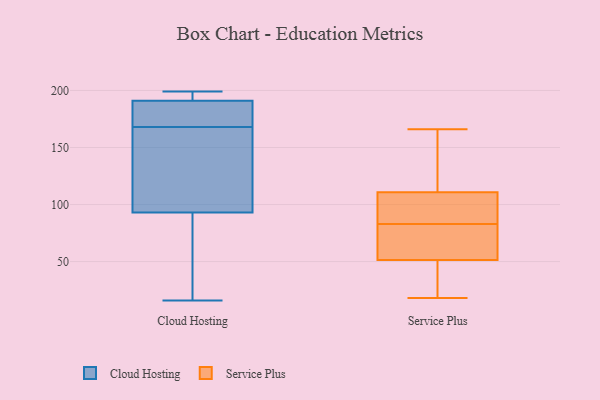
{"axis": {"x": "Backlog", "y": "Value"}, "legend": ["Cloud Hosting", "Service Plus"], "data": [{"x": "", "y": 93, "type": "Cloud Hosting"}, {"x": "", "y": 193, "type": "Cloud Hosting"}, {"x": "", "y": 160, "type": "Cloud Hosting"}, {"x": "", "y": 55, "type": "Cloud Hosting"}, {"x": "", "y": 81, "type": "Cloud Hosting"}, {"x": "", "y": 191, "type": "Cloud Hosting"}, {"x": "", "y": 194, "type": "Cloud Hosting"}, {"x": "", "y": 16, "type": "Cloud Hosting"}, {"x": "", "y": 165, "type": "Cloud Hosting"}, {"x": "", "y": 108, "type": "Cloud Hosting"}, {"x": "", "y": 197, "type": "Cloud Hosting"}, {"x": "", "y": 178, "type": "Cloud Hosting"}, {"x": "", "y": 174, "type": "Cloud Hosting"}, {"x": "", "y": 171, "type": "Cloud Hosting"}, {"x": "", "y": 199, "type": "Cloud Hosting"}, {"x": "", "y": 172, "type": "Cloud Hosting"}, {"x": "", "y": 46, "type": "Cloud Hosting"}, {"x": "", "y": 163, "type": "Cloud Hosting"}, {"x": "", "y": 104, "type": "Service Plus"}, {"x": "", "y": 62, "type": "Service Plus"}, {"x": "", "y": 63, "type": "Service Plus"}, {"x": "", "y": 83, "type": "Service Plus"}, {"x": "", "y": 18, "type": "Service Plus"}, {"x": "", "y": 48, "type": "Service Plus"}, {"x": "", "y": 166, "type": "Service Plus"}, {"x": "", "y": 113, "type": "Service Plus"}, {"x": "", "y": 97, "type": "Service Plus"}, {"x": "", "y": 151, "type": "Service Plus"}, {"x": "", "y": 18, "type": "Service Plus"}]}